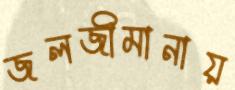
জলজীমানায়